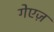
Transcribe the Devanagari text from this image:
गेएज़